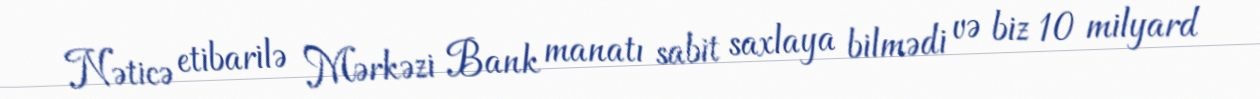
Nəticə etibarilə Mərkəzi Bank manatı sabit saxlaya bilmədi və biz 10 milyard